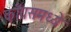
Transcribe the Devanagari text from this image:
काँग्रसमध्ये